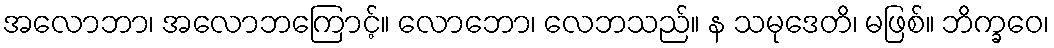
အလောဘာ၊ အလောဘကြောင့်။ လောဘော၊ လေဘသည်။ န သမုဒေတိ၊ မဖြစ်။ ဘိက္ခဝေ၊